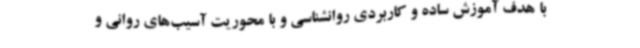
با هدف آموزش ساده و کاربردی روانشناسی و با محوریت آسیب‌های روانی و